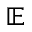
\mathbb { E }